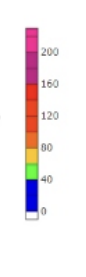
Blue: 0 to 40
Green: 40 to 60
Yellow: 60 to 80
Orange: 80 to 100
Dark Orange: 100 to 120
Red: 120 to 160
Magenta: 160 to 200
Pink: 200 to 230